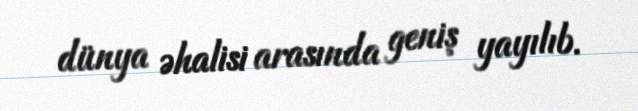
dünya əhalisi arasında geniş yayılıb.